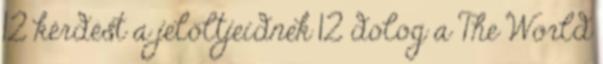
12 kérdést a jelöltjeidnek 12 dolog a The World